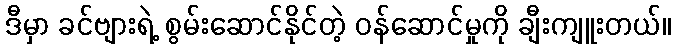
ဒီမှာ ခင်ဗျားရဲ့ စွမ်းဆောင်နိုင်တဲ့ ဝန်ဆောင်မှုကို ချီးကျူးတယ်။